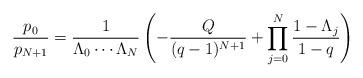
LaTeX: \begin{align*} \frac{p_0}{p_{N+1}} = \frac{1}{\Lambda_0 \cdots \Lambda_N} \left( - \frac{Q}{(q-1)^{N+1}} + \prod_{j=0}^N \frac{1-\Lambda_j}{1-q} \right) \end{align*}